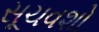
સૂચવશો